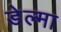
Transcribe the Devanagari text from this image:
डेल्मा